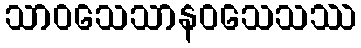
သာဝသေသာနဝသေသဿ